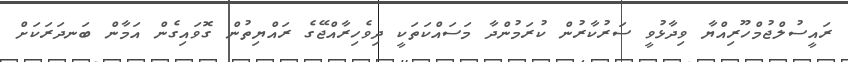
ރައީސުލްޖުމްހޫރިއްޔާ ވިދާޅުވީ ސަރުކާރުން ކުރަމުންދާ މަސައްކަތަކީ ދިވެހިރާއްޖޭގެ ރައްޔިތުން ގޮވައިގެން އަމާން ބަނދަރަކަށް